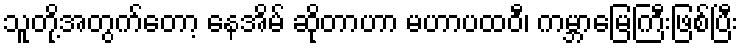
သူတို့အတွက်တော့ နေအိမ် ဆိုတာဟာ မဟာပထဝီ၊ ကမ္ဘာမြေကြီးဖြစ်ပြီး